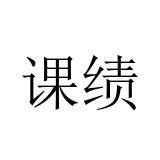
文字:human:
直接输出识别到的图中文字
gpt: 课绩